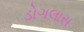
ડોગલાસ